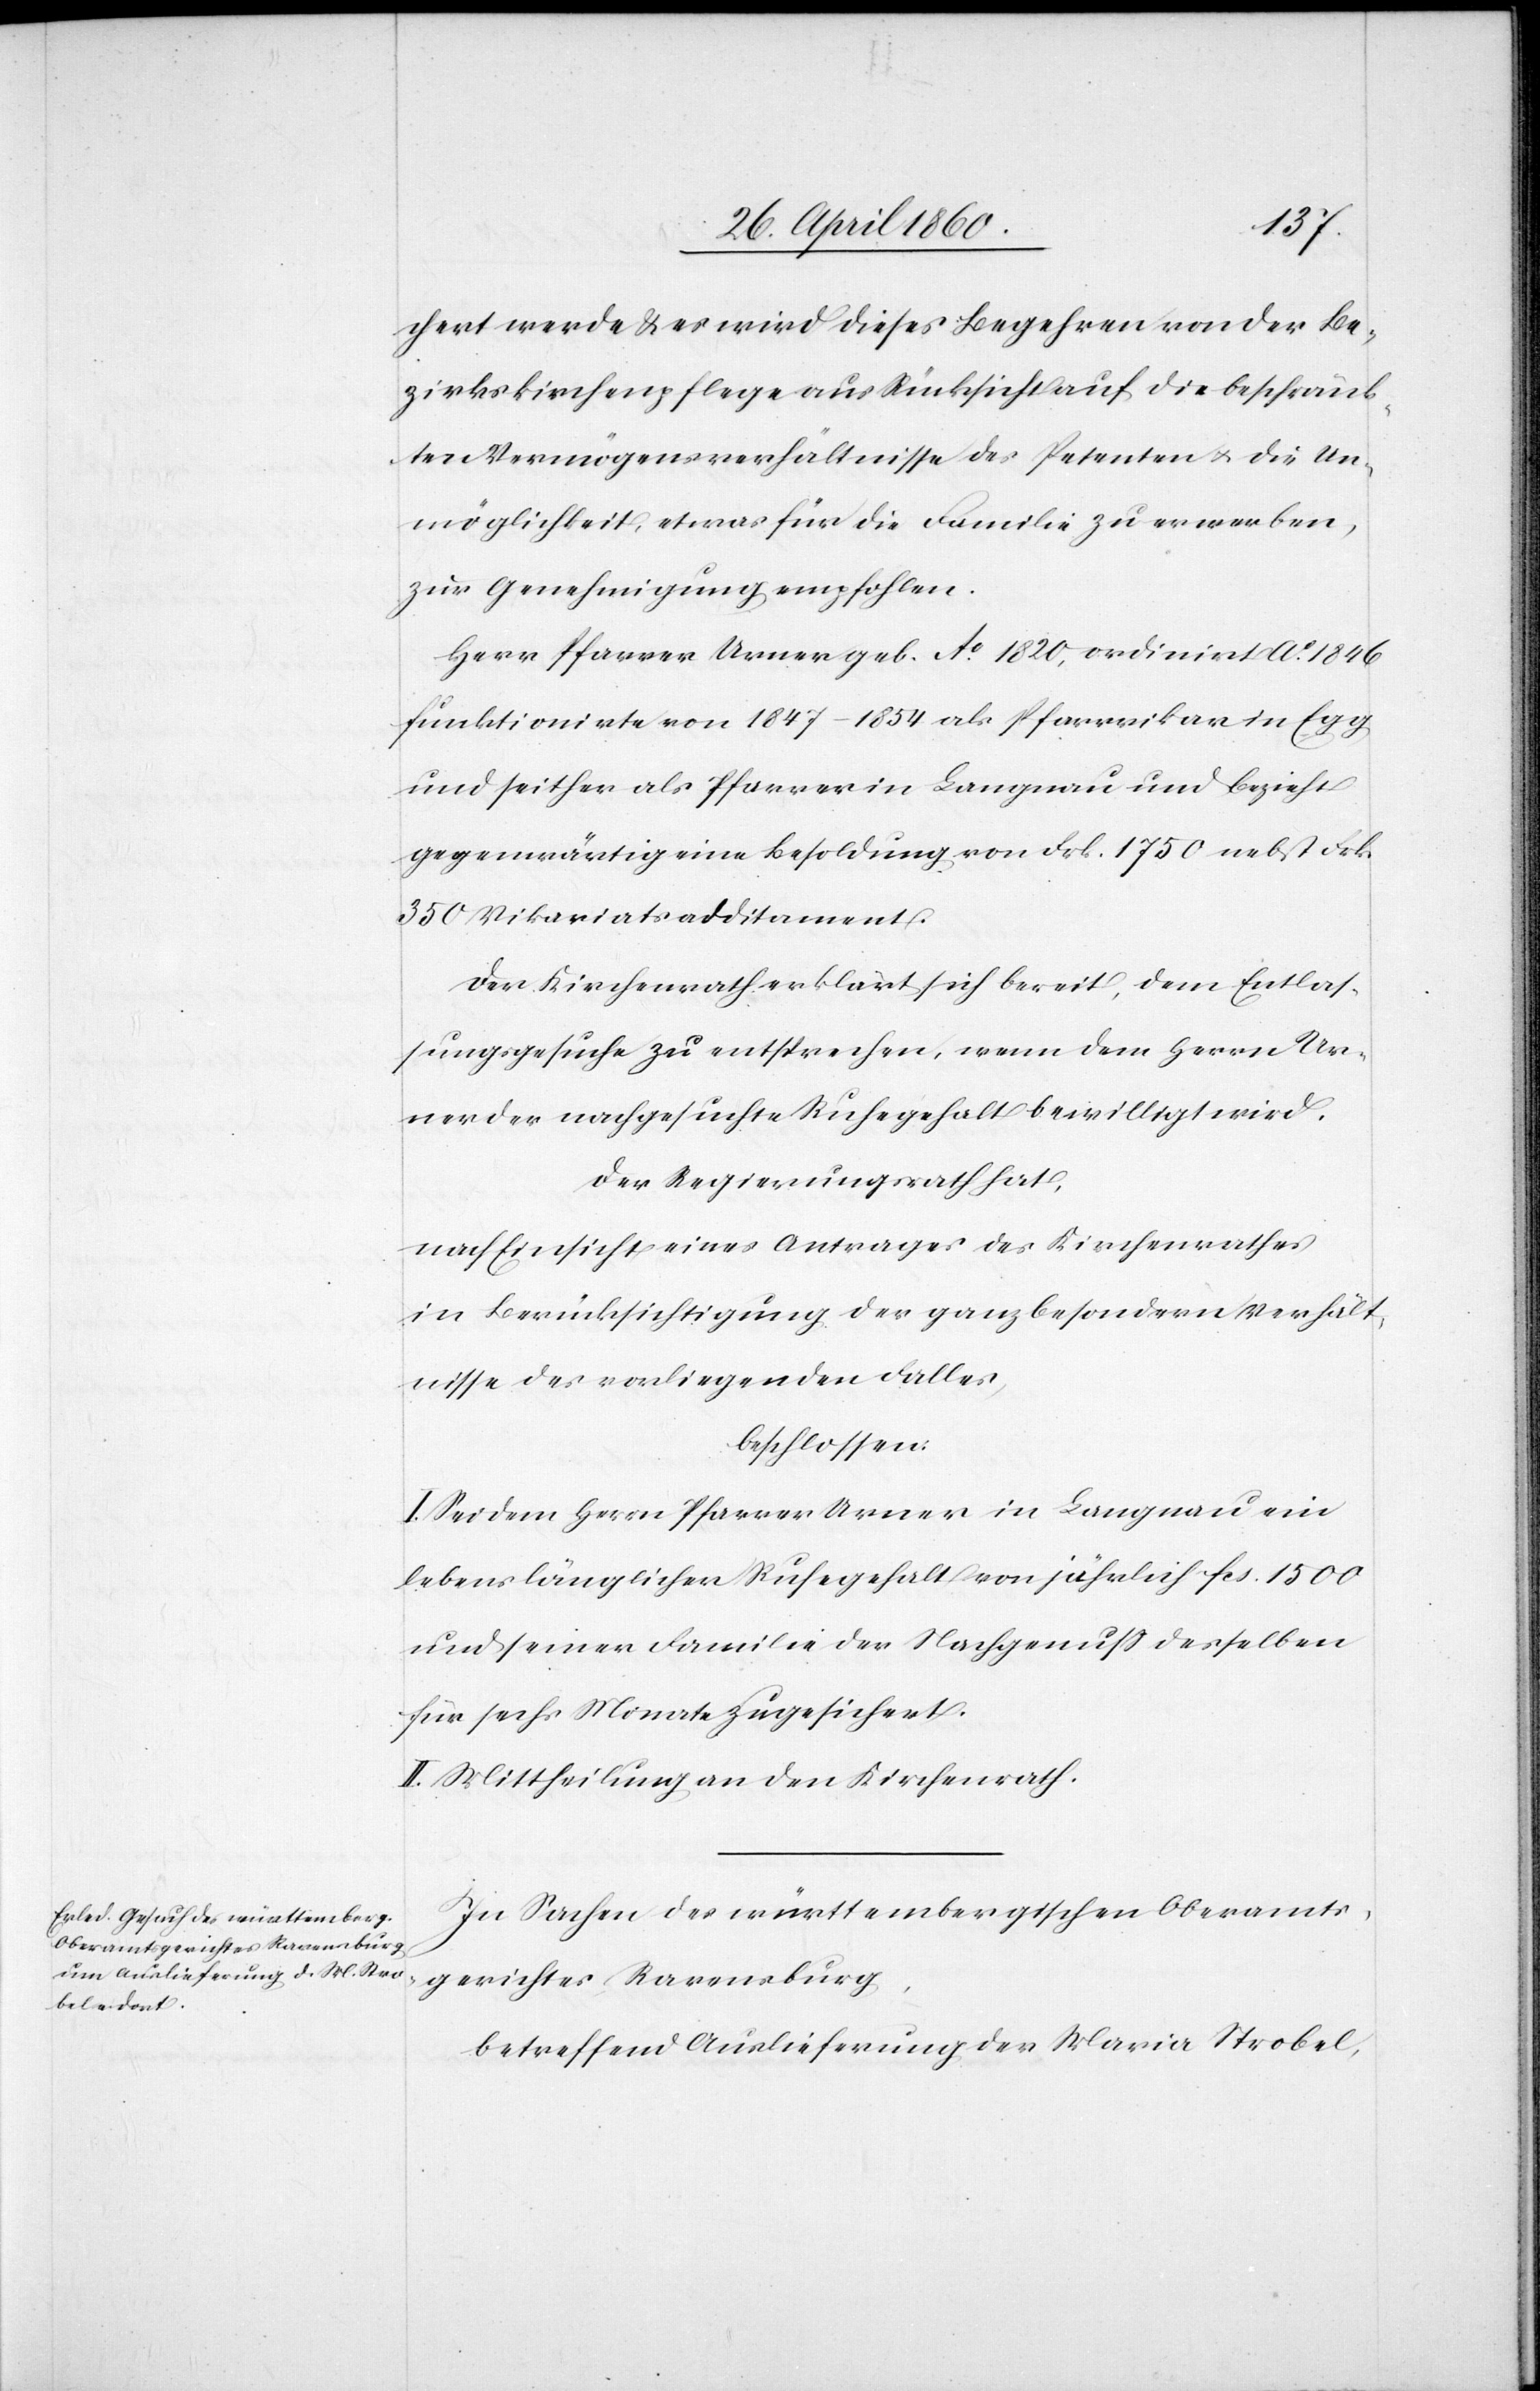
chert werde u. es wird dieses Begehren von der Be¬
zirkskirchenpflege aus Rücksicht auf die beschränk¬
ten Vermögensverhältnisse des Petenten u. die Un¬
möglichkeit, etwas für die Familie zu erwerben,
zur Genehmigung empfohlen.
Herr Pfarrer Urner geb. Ao 1820, ordinirt Ao 1846
funktionirte von 1847–1854 als Pfarrvikar in Egg
und seither als Pfarrer in Langnau und bezieht
gegenwärtig eine Besoldung von Frk. 1750 nebst Frk.
350 Vikariatsadditament.
Der Kirchenrath erklärt sich bereit, dem Entlas¬
sungsgesuche zu entsprechen, wenn dem Herrn Ur¬
ner der nachgesuchte Ruhegehalt bewilligt wird.
Der Regierungsrath hat,
nach Einsicht eines Antrages des Kirchenrathes
in Berücksichtigung der ganz besondern Verhält¬
nisse des vorliegenden Falles,
beschlossen:
I. Sei dem Herrn Pfarrer Urner in Langnau ein
lebenslänglicher Ruhegehalt von jährlich fcs. 1500
und seiner Familie der Nachgenuss derselben
für sechs Monate zugesichert.
II. Mittheilung an den Kirchenrath.
In Sachen des württembergischen Oberamts¬
gerichtes Ravensburg,
betreffend Auslieferung der Maria Strobel,